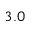
3 . 0